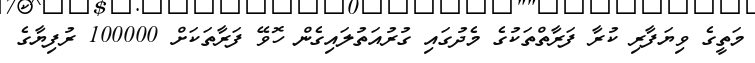
މަތީގެ ވިޔަފާރި ކުރާ ފަރާތްތަކުގެ މެދުގައި ގުރުއަތުލައިގެން ހޮވޭ ފަރާތަކަށް 100000 ރުފިޔާގެ